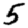
Digit: 5